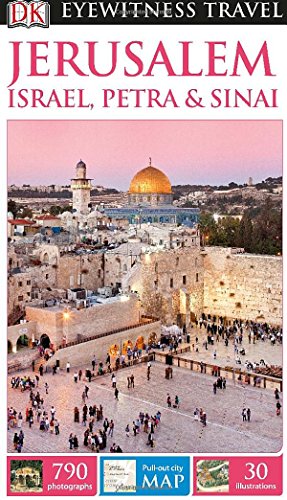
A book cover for DK Eyewitness Travel Guide: Jerusalem, Israel, Petra & Sinai; DK Publishing; Travel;